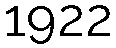
1922